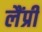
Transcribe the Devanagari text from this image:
लैंप्री